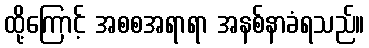
ထို့ကြောင့် အစစအရာရာ အနစ်နာခံရသည်။